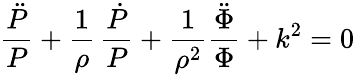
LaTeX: {\frac{\ddot{P}}{P}}+{\frac{1}{\rho}}\, {\frac{\dot{P}}{P}}+{\frac{1}{\rho^{2}}}{\frac{\ddot{\Phi}}{\Phi}}+k^{2}=0